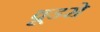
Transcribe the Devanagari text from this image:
वूडरो